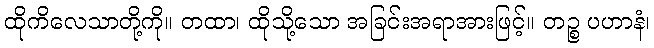
ထိုကိလေသာတို့ကို။ တထာ၊ ထိုသို့သော အခြင်းအရာအားဖြင့်။ တဉ္စ ပဟာနံ၊